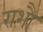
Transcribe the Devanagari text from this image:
राशौ